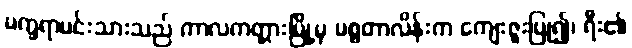
မက္ခရာမင်းသားသည် ကာလကတ္တားမြို့မှ မစ္စတာလိန်းက ကျေးဇူးပြု၍၊ ရီး၏